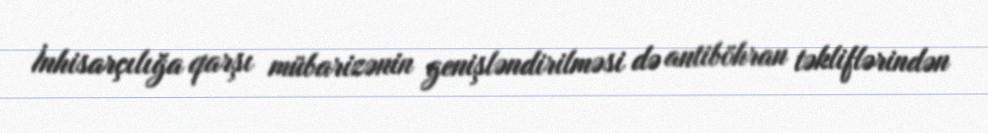
İnhisarçılığa qarşı mübarizənin genişləndirilməsi də antiböhran təkliflərindən